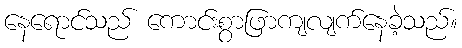
နေရောင်သည် ကောင်းစွာဖြာကျလျက်နေခဲ့သည်။